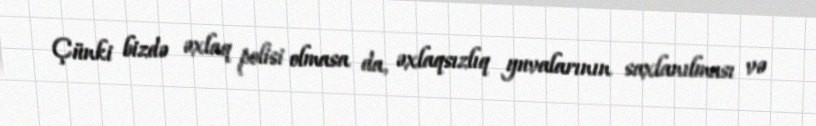
Çünki bizdə əxlaq polisi olmasa da, əxlaqsızlıq yuvalarının saxlanılması və